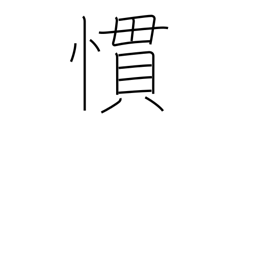
Meaning: accustomed